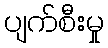
ပျက်စီးမှု